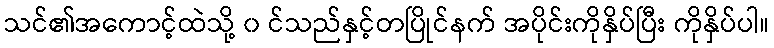
သင်၏အကောင့်ထဲသို့ ၀ င်သည်နှင့်တပြိုင်နက် အပိုင်းကိုနှိပ်ပြီး ကိုနှိပ်ပါ။